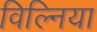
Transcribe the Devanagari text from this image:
विल्निया